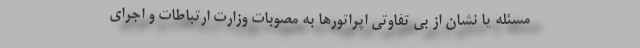
مسئله یا نشان از بی تفاوتی اپراتورها به مصوبات وزارت ارتباطات و اجرای